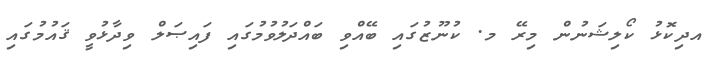
އދިކޮޅު ކޯލިޝަނުން މިރޭ މ. ކުނޫޒުގައި ބޭއްވި ބައްދަލުވުމުގައި ފައިޞަލް ވިދާޅުވީ ޤައުމުގައި